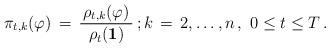
LaTeX: \begin{align*}\pi_{t, k} (\varphi) \, =\, \frac{\, \rho_{t, k}(\varphi) \,}{\, \rho_{t}( {\bf 1} ) \,} \, ; k \, =\, 2, \ldots , n \, , \, \, 0 \le t \le T \, . \end{align*}